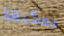
يمكنها